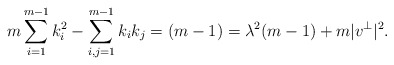
\begin{align*}m\sum_{i=1}^{m-1}k_i^2 - \sum_{i,j=1}^{m-1} k_i k_j=(m-1) = \lambda^2(m-1) + m |v^{\perp}|^2.\end{align*}